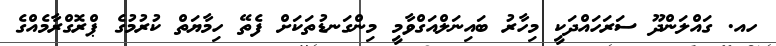
ހއ. ގައްލަންދޫ ސަރަހައްދަކީ މިހާރު ބައިނަލްއަގްވާމީ މިންގަނޑުތަކަށް ފެތޭ ހިމާޔަތް ކުރުމުގެ ޕްރޮގްރާމެއްގެ